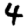
Digit: 4